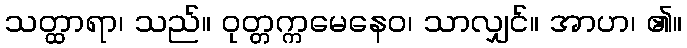
သတ္ထာရာ၊ သည်။ ဝုတ္တက္ကမေနေဝ၊ သာလျှင်။ အာဟ၊ ၏။